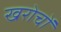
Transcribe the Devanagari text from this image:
खरोचों